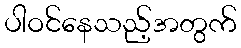
ပါဝင်နေသည့်အတွက်